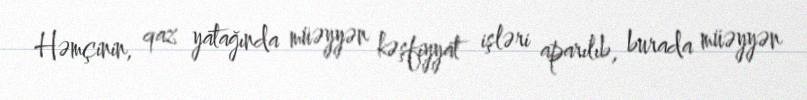
Həmçinin, qaz yatağında müəyyən kəşfiyyat işləri aparılıb, burada müəyyən